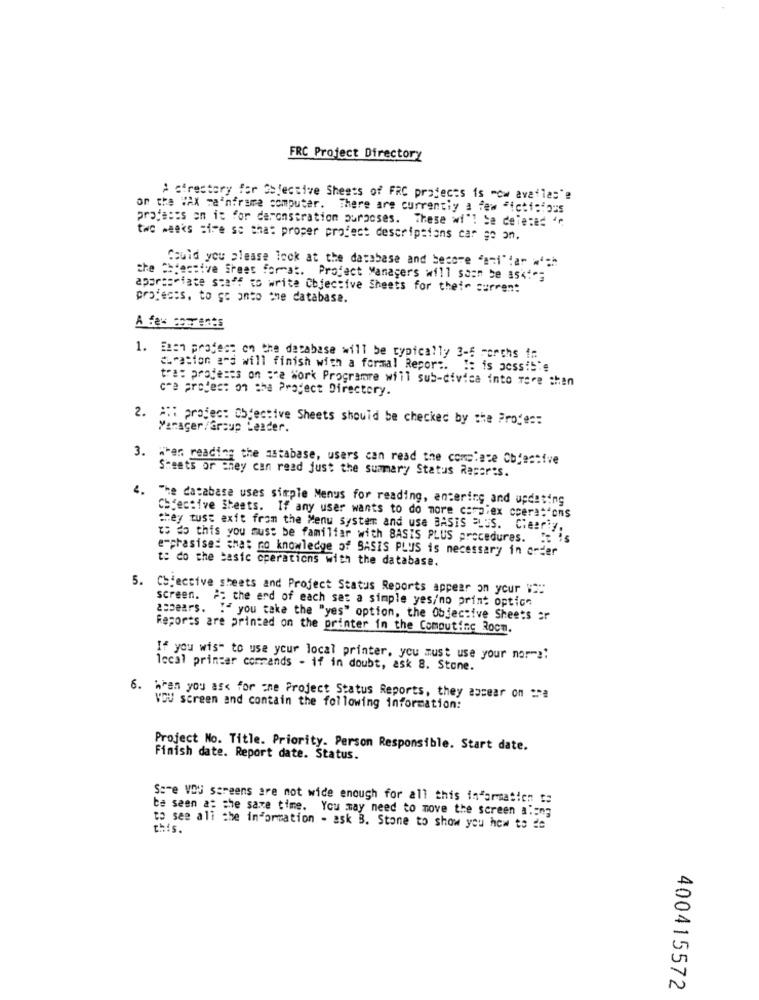
FRC Project Directory
> cirestory for Selective Sheets of FRC projects is -ow avatlas"?
on the WAX mainframe computer. There are currently a few Ficticiois
protests en is for daronstration purposes. These wi"! Se deleted 4℃
two weeks sire so that proper project descriptions car go on.
Could you please look at the database and become "ami"dar wich
the == passive Sheet format. Project Managers will soon be aski";
appropriate staff to write Objective Sheets for their current
projects, to go anto che database.
1. Esen project on the database will be typically 3-6 months !:
curation and will finish with a formal Repor :.
tra: proje:es on ;"e Work Programme will sub-divica into more then
cre project on the Project Directory.
2. AH: project Objective Sheets should be checked by the Profes:
Manager/Group Leader.
3.
When reading the database, users can read the complete Objective
Sheets or they can read just the summary Status Reports.
4.
The database uses simple Menus for reading, entering and updating
CHfective Sheets. If any user wants to do more complex ccere:"ons
they tust exit from the Menu system and use BASIS PLUS. Clearly,
to do this you must be familiar with BASIS PLUS procedures. It is
e-phasise: that no knowledge of BASIS PLUS is necessary in order
t: do the basic operations with the database.
5. Cojective sheets and Project Status Reports appear on your """"
screen. #: the end of each ses a simple yes/no print option
appears. " you take the "yes" option, the Objective Sheets er
Reports are printed on the printer in the Computinc Rocm.
If you wish to use your local printer, you must use your nor -!!
local printer commands - if in doubt, ask 8. Stone.
6. hren you ask for ine Project Status Reports, they ascear on :
VOU screen and contain the following information:
Project No. Title. Priority. Person Responsible. Start date.
Finish date. Report date. Status.
Sare VOU screens are not wide enough for all this information te
be seen a: she saxe time. You may need to move the screen along
this.
to see all the information - ask B. Stone to show you how to de
400415572